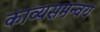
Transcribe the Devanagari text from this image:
काव्यसमन्वय